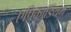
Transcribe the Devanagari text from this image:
एपिकार्डियम